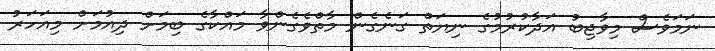
ނަމަވެސް މިވާޖިބު އަދާކުރުމުގެ ނިޔަތް ގަނެގެން މާތްވެގެންވާ މައްކާގެ ބިމަށް ދިއުމަށް މިއަހަރު